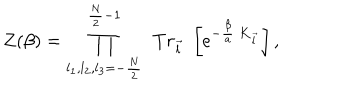
{ \cal Z } ( \beta ) = \prod _ { l _ { 1 } , l _ { 2 } , l _ { 3 } = - \frac { N } { 2 } } ^ { \frac { N } { 2 } - 1 } \; \, T r _ { \vec { l } } \; \left[ e ^ { - \frac { \beta } { a } \; { \bf K } _ { \vec { l } } } \right] ,